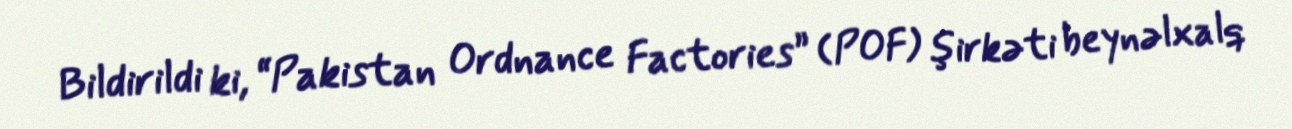
Bildirildi ki, “Pakistan Ordnance Factories” (POF) şirkəti beynəlxalq